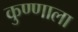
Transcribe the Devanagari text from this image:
कुण्णाला